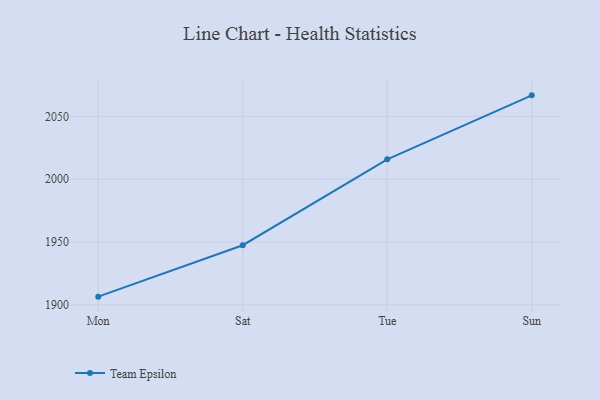
{"axis": {"x": "Day", "y": "Demand Index"}, "legend": ["Team Epsilon"], "data": [{"x": "Mon", "y": 1906.6, "type": "Team Epsilon"}, {"x": "Sat", "y": 1947.5, "type": "Team Epsilon"}, {"x": "Tue", "y": 2015.8, "type": "Team Epsilon"}, {"x": "Sun", "y": 2066.7, "type": "Team Epsilon"}]}